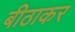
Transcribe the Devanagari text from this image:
बीठाकर